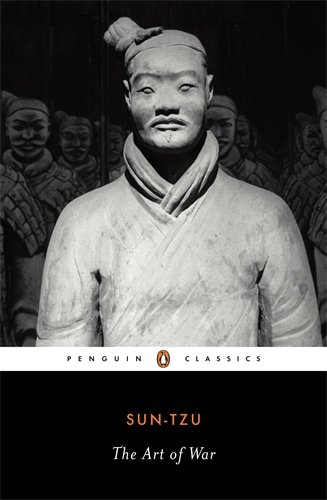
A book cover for The Art of War: The Essential Translation of the Classic Book of Life (Penguin Classics); Sun-tzu; History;